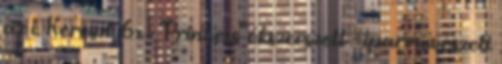
az i. Kereszt 6x - "Princess" ékszerszett - iparművészeti